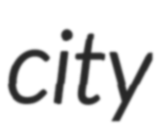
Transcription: city